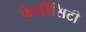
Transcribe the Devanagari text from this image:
फेलीसिटी